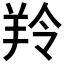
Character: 羚